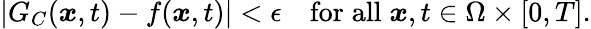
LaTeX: |G_{C}(\boldsymbol{x},t)-f(\boldsymbol{x},t)|<\epsilon\quad\mathrm{for}\; \mathrm{all}\; \boldsymbol{x},t\in\Omega\times[0,T].